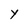
Character: Y